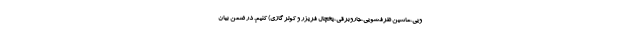
ویی،ماشین ظرفشویی،جاروبرقی،یخچال فریزر و کولر گازی) کنیم. در ضمن بیان